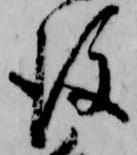
後